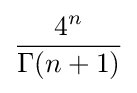
{\frac {4^{n}}{\Gamma (n+1)}}